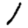
Digit: 1